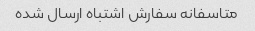
متاسفانه سفارش اشتباه ارسال شده